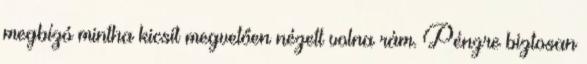
megbízó mintha kicsit megvetően nézett volna rám. Pénzre biztosan